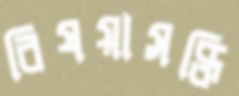
বিষয়াসক্তি